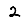
Digit: 2